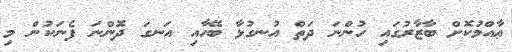
ޢާއްމުކޮށް ބާޒާރުގައި ހުންނަ ދަތް އުނގުޅާ ބޭހާއި އަނގަ ދޮންނަ ފެނަކުން މި